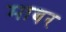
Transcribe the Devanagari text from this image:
माबर